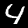
Label: 4